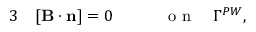
\begin{array} { r l r } { { 3 } } & { { } [ { \mathbf B } \cdot \mathbf { n } ] = 0 \qquad } & { \mathrm { ~ o ~ n ~ } \quad \Gamma ^ { P W } , } \end{array}